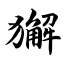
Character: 獬